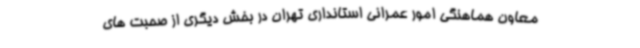
معاون هماهنگی امور عمرانی استانداری تهران در بخش دیگری از صحبت های